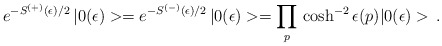
\begin{align*} e^{-S^{(+)}(\epsilon)/2}\,|0(\epsilon)>= e^{-S^{(-)}(\epsilon)/2}\,|0(\epsilon)> = \prod_p\,\cosh^{-2} \epsilon(p)|0(\epsilon)>\,.\end{align*}